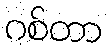
ဂစ်တာ